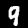
Digit: 9